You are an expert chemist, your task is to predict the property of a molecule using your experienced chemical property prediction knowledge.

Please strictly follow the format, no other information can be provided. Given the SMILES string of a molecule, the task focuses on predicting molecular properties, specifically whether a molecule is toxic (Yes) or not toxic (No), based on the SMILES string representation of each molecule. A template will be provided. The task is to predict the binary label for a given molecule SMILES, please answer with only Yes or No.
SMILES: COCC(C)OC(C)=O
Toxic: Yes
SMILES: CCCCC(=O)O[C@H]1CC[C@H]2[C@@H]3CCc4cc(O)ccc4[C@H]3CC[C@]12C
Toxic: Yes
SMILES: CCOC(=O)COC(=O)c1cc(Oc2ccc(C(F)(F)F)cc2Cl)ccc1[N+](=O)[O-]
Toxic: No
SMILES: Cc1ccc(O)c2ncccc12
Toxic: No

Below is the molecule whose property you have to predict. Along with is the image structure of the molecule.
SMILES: Cc1ccc(-c2ccccc2C#N)cc1
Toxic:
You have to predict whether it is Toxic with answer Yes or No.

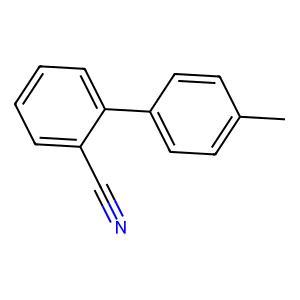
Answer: No